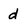
Character: d